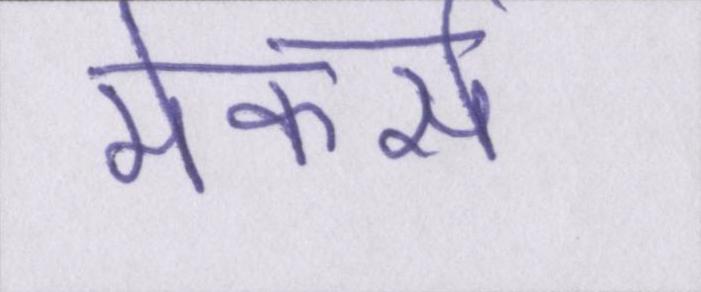
मेकर्स